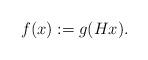
LaTeX: \begin{align*}f(x) := g(Hx).\end{align*}